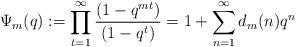
LaTeX: \begin{align*}\Psi_m(q):=\prod_{t=1}^\infty \frac{(1-q^{mt})}{(1-q^t)} =1 + \sum_{n=1}^\infty d_m(n)q^n\end{align*}